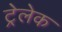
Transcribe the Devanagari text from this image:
ट्रेलेक